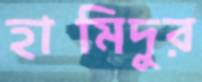
হামিদুর